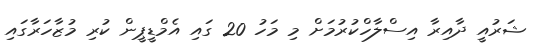
ޝަރުއީ ދާއިރާ އިސްލާހްކުރުމަށް މި މަހު 20 ގައި އެމްޑީޕީން ކުރި މުޒާހަރާގައި